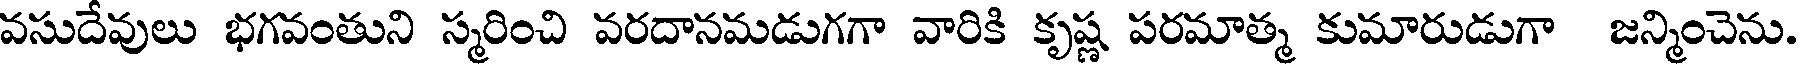
వసుదేవులు భగవంతుని స్మరించి వరదానమడుగగా వారికి కృష్ణ పరమాత్మ కుమారుడుగా జన్మించెను.